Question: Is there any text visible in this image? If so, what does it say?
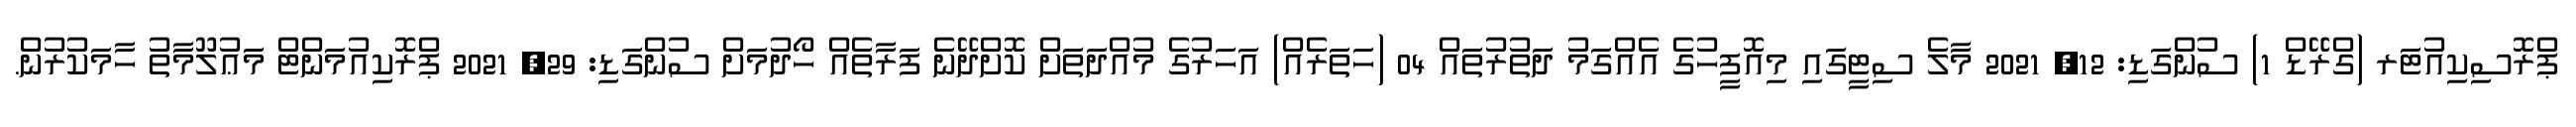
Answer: ޕްރޮސިކިއުޓަރ (ގްރޭޑް 1) ސުންގަޑި: 12, 2021 މާލެ ސިޓީގައި މިއޮފީހުގެ އެއްގަމު ދަތުރުތައް 04 (ހަތަރެއް) އަހަރުގެ މުއްދަތަށް ކޮށްދޭނެ ފަރާތެއް ހޯދުމަށް ސުންގަޑި: 29, 2021 ޕްރޮކިއުމަންޓް މަޢުލޫމާތު ހާމަކުރުން.